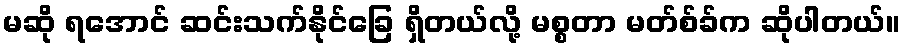
မဆို ရအောင် ဆင်းသက်နိုင်ခြေ ရှိတယ်လို့ မစ္စတာ မတ်စ်ခ်က ဆိုပါတယ်။